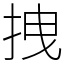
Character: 拽